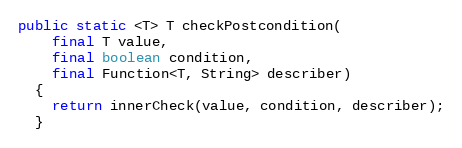
Language: Java
public static <T> T checkPostcondition(
    final T value,
    final boolean condition,
    final Function<T, String> describer)
  {
    return innerCheck(value, condition, describer);
  }